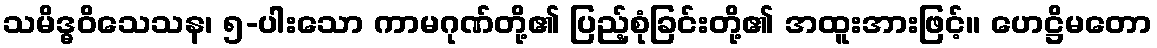
သမိဒ္ဓဝိသေသန၊ ၅-ပါးသော ကာမဂုဏ်တို့၏ ပြည့်စုံခြင်းတို့၏ အထူးအားဖြင့်။ ဟေဋ္ဌိမတော